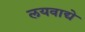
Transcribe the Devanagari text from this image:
लयवाद्ये